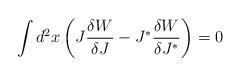
LaTeX: \begin{align*}\int d^2x \left( J\frac{\delta W}{\delta J} -J^\ast\frac{\delta W}{\delta J^\ast} \right) = 0\end{align*}